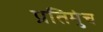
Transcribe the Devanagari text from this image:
प्रतिमुंच